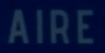
AIRE